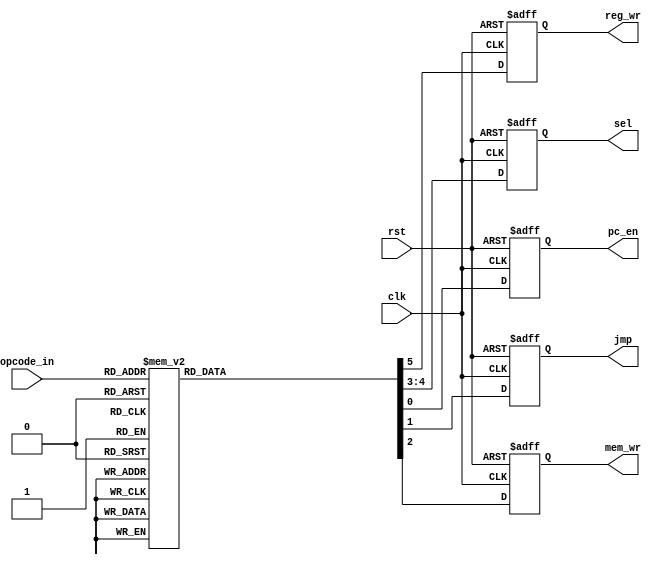
module control_unit (input clk,rst,input [3:0] opcode_in,output reg pc_en,jmp,mem_wr,reg_wr,output reg [1:0] sel);
  always @ (posedge clk,posedge rst) begin
    if (rst) begin
      pc_en<=1'b1;
      jmp<=1'b0;
      mem_wr<=1'b0;
      sel<=2'b00;
      reg_wr<=1'b0;
    end else begin
      case(opcode_in)
       4'b0000: begin  // DIV operation
         pc_en<=1'b1;
         jmp<=1'b0;
         mem_wr<=1'b0;
         sel <=2'b10;
         reg_wr<=1'b1;
       end
       4'b0001: begin  //ADD operation
         pc_en<=1'b1;
         jmp<=1'b0;
         mem_wr<=1'b0;
         sel <=2'b10;
         reg_wr<=1'b1;
       end
       4'b0010: begin  //SUB operation
         pc_en<=1'b1;
         jmp<=1'b0;
         mem_wr<=1'b0;
         sel <=2'b10;
         reg_wr<=1'b1;
       end
       4'b0011: begin  //MUL operation
         pc_en<=1'b1;
         jmp<=1'b0;
         mem_wr<=1'b0;
         sel <=2'b10;
         reg_wr<=1'b1;
       end
       4'b0100: begin  //AND operation
         pc_en<=1'b1;
         jmp<=1'b0;
         mem_wr<=1'b0;
         sel <=2'b10;
         reg_wr<=1'b1;
       end
       4'b0101: begin  //OR operation
         pc_en<=1'b1;
         jmp<=1'b0;
         mem_wr<=1'b0;
         sel <=2'b10;
         reg_wr<=1'b1;
       end
       4'b0110: begin  //XOR operation
         pc_en<=1'b1;
         jmp<=1'b0;
         mem_wr<=1'b0;
         sel <=2'b10;
         reg_wr<=1'b1;
       end
       4'b0111: begin  //NOT operation
         pc_en<=1'b1;
         jmp<=1'b0;
         mem_wr<=1'b0;
         sel <=2'b10;
         reg_wr<=1'b1;
       end
       4'b1000: begin  //SHL operation
         pc_en<=1'b1;
         jmp<=1'b0;
         mem_wr<=1'b0;
         sel <=2'b10;
         reg_wr<=1'b1;
       end
       4'b1001: begin  //SHR operation
         pc_en<=1'b1;
         jmp<=1'b0;
         mem_wr<=1'b0;
         sel <=2'b10;
         reg_wr<=1'b1;
       end
       4'b1010: begin  //INC operation
         pc_en<=1'b1;
         jmp<=1'b0;
         mem_wr<=1'b0;
         sel <=2'b10;
         reg_wr<=1'b1;
       end
       4'b1011: begin  //DEC operation
         pc_en<=1'b1;
         jmp<=1'b0;
         mem_wr<=1'b0;
         sel <=2'b10;
         reg_wr<=1'b1;
       end
       4'b1100: begin  //MOV operation
         pc_en<=1'b1;
         jmp<=1'b0;
         mem_wr<=1'b0;
         sel <=2'b00;
         reg_wr<=1'b1;
       end
       4'b1101: begin  //READ operation
         pc_en<=1'b1;
         jmp<=1'b0;
         mem_wr<=1'b0;
         sel <=2'b01;
         reg_wr<=1'b1;
       end
       4'b1110: begin  //WRT operation
         pc_en<=1'b1;
         jmp<=1'b0;
         mem_wr<=1'b1;
         sel <=2'b00;
         reg_wr<=1'b1;
       end
       4'b1111: begin  //JUMP operation
         pc_en<=1'b1;
         jmp<=1'b1;
         mem_wr<=1'b0;
         sel<=1'b0;
         reg_wr<=1'b0;
       end
       default:begin
          pc_en<=1'b1;
          jmp<=1'b0;
          mem_wr<=1'b0;
          sel<=2'b00;
          reg_wr<=1'b0;
       end
       endcase
    end
  end
endmodule // control_unit